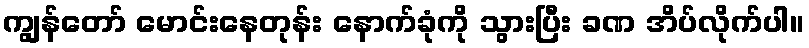
ကျွန်တော် မောင်းနေတုန်း နောက်ခုံကို သွားပြီး ခဏ အိပ်လိုက်ပါ။